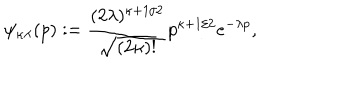
\psi _ { \kappa \lambda } ( p ) : = \frac { ( 2 \lambda ) ^ { \kappa + 1 / 2 } } { \sqrt { ( 2 \kappa ) ! } } p ^ { \kappa + 1 / 2 } e ^ { - \lambda p } ,